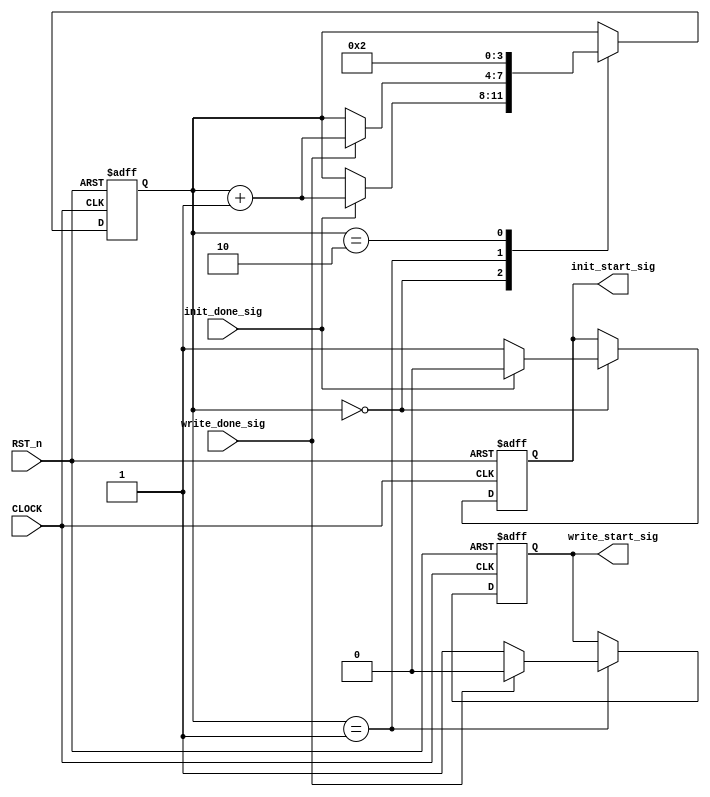
module oled_control_module(
  input CLOCK,
  input RST_n,
  input init_done_sig,
  input write_done_sig,
  output init_start_sig,
  output write_start_sig
);

reg [3:0] i;
reg isinit;
reg iswrite;
always @(posedge CLOCK or negedge RST_n)
begin
  if(!RST_n)
    begin
      i <= 4'd0;
      isinit <= 1'b0;
      iswrite <= 1'b0;
    end
  else
  begin
    case(i)
      4'd0:
        if(init_done_sig)
        begin
          isinit<=1'b0;
          i<=i+1'b1;
        end
        else
          isinit <= 1'b1;
      4'd1:
		//iswrite<=1'b1;
	  
        if(write_done_sig)
        begin
          iswrite<=1'b0;
          i<=i+1'b1;
        end
        else
          iswrite<=1'b1;
      4'd2:
        i <= 4'd2;
		//iswrite<=1'b1;
	
      endcase
   end
end
assign init_start_sig=isinit;
assign write_start_sig=iswrite;
endmodule